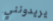
يريدونني